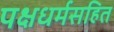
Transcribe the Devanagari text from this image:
पक्षधर्मसहित